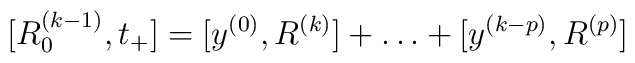
[R^{(k-1)}_0,t_+]=[y^{(0)},R^{(k)}]+ \ldots + [y^{(k-p)},R^{(p)}]